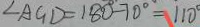
\angle A G D = 1 8 0 ^ { \circ } - 7 0 ^ { \circ } = 1 1 0 ^ { \circ }